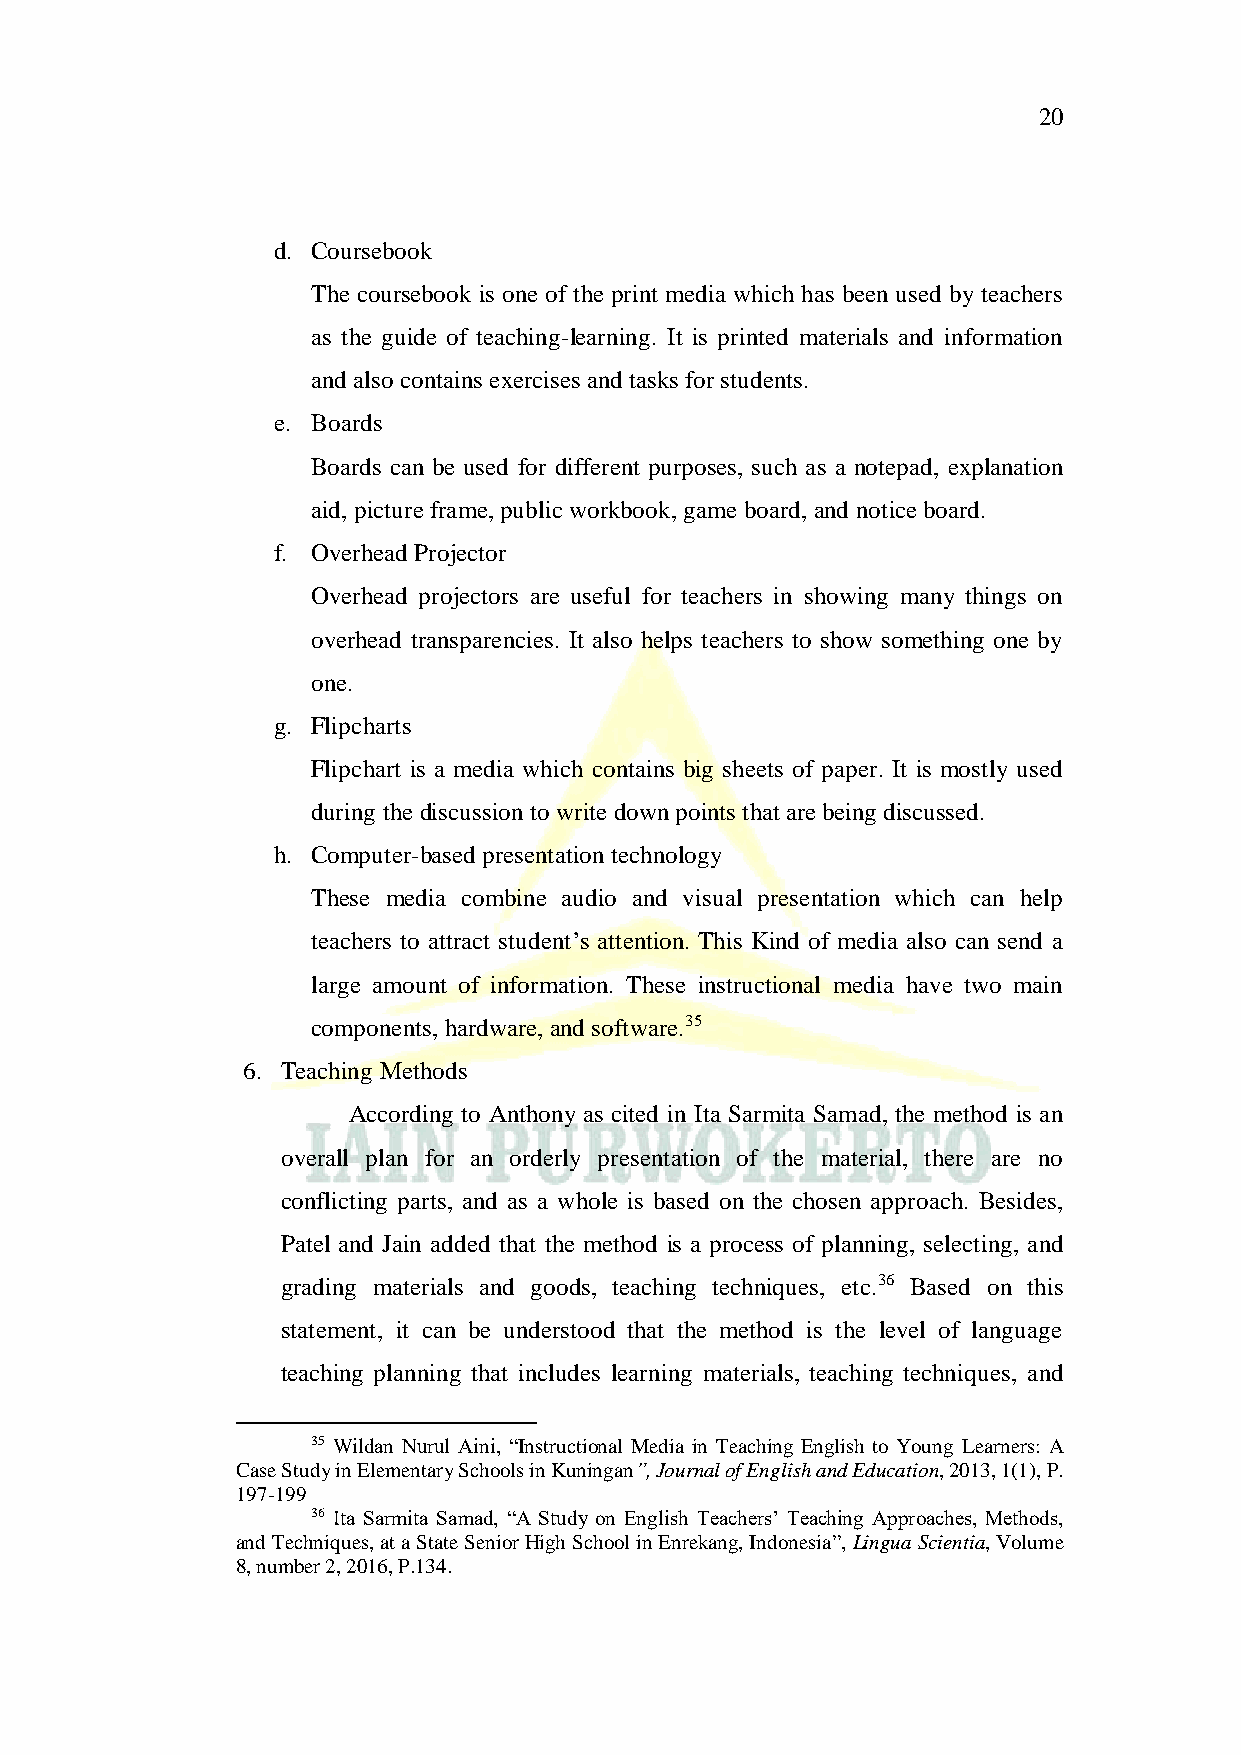
20
 d. Coursebook
 The coursebook is one of the print media which has been used by teachers
 as the guide of teaching-learning. It is printed materials and information
 and also contains exercises and tasks for students.
 e. Boards
 Boards can be used for different purposes, such as a notepad, explanation
 aid, picture frame, public workbook, game board, and notice board.
 f. Overhead Projector
 Overhead projectors are useful for teachers in showing many things on
 overhead transparencies. It also helps teachers to show something one by
 one.
 g. Flipcharts
 Flipchart is a media which contains big sheets of paper. It is mostly used
 during the discussion to write down points that are being discussed.
 h. Computer-based presentation technology
 These media combine audio and visual presentation which can help
 teachers to attract student’s attention. This Kind of media also can send a
 large amount of information. These instructional media have two main
 components, hardware, and software.35
 6. Teaching Methods
 According to Anthony as cited in Ita Sarmita Samad, the method is an
 overall plan for an orderly presentation of the material, there are no
 conflicting parts, and as a whole is based on the chosen approach. Besides,
 Patel and Jain added that the method is a process of planning, selecting, and
 grading materials and goods, teaching techniques, etc.36 Based on this
 statement, it can be understood that the method is the level of language
 teaching planning that includes learning materials, teaching techniques, and
 35 Wildan Nurul Aini, “Instructional Media in Teaching English to Young Learners: A
 Case Study in Elementary Schools in Kuningan”, Journal of English and Education, 2013, 1(1), P.
 197-199
 36 Ita Sarmita Samad, “A Study on English Teachers’ Teaching Approaches, Methods,
 and Techniques, at a State Senior High School in Enrekang, Indonesia”, Lingua Scientia, Volume
 8, number 2, 2016, P.134.